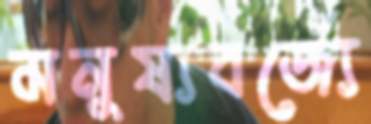
মনুষ্যবর্জ্যে